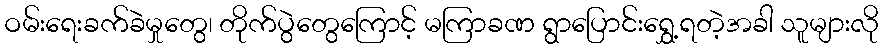
ဝမ်းရေးခက်ခဲမှုတွေ၊ တိုက်ပွဲတွေကြောင့် မကြာခဏ ရွာပြောင်းရွှေ့ရတဲ့အခါ သူများလို